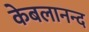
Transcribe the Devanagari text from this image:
केबलानन्द